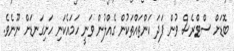
ބޮޑަށް ސްޓްރެސް ވުން ފަދަ ކަންތައްތަކުން ގެއްލުން ވަނީ ހަމައެކަނި ހަށިގަނޑަށް ނޫނެވެ.